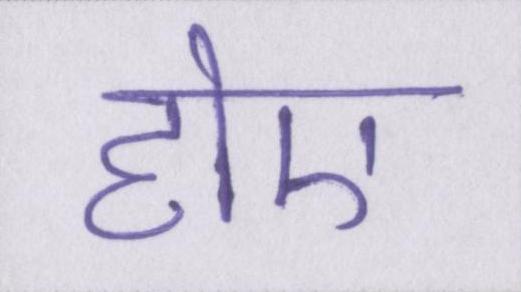
होए